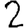
Digit: 2